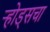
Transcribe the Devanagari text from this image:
ऱ्होड्सचा